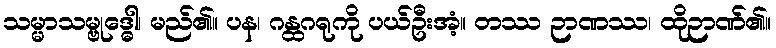
သမ္မာသမ္ဗုဒ္ဓေါ၊ မည်၏။ ပန၊ ဂန္ထဂရုကို ပယ်ဦးအံ့။ တဿ ဉာဏဿ၊ ထိုဉာဏ်၏။